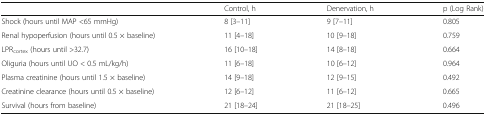
<table><thead><tr><td></td><td><b>Control, h</b></td><td><b>Denervation, h</b></td><td><b>p (Log Rank)</b></td></tr></thead><tbody><tr><td>Shock (hours until MAP &lt;65 mmHg)</td><td>8 [3–11]</td><td>9 [7–11]</td><td>0.805</td></tr><tr><td>Renal hypoperfusion (hours until 0.5 × baseline)</td><td>11 [4–18]</td><td>10 [9–18]</td><td>0.759</td></tr><tr><td>LPR<sub>cortex</sub> (hours until &gt;32.7)</td><td>16 [10–18]</td><td>14 [8–18]</td><td>0.664</td></tr><tr><td>Oliguria (hours until UO &lt; 0.5 mL/kg/h)</td><td>11 [6–18]</td><td>10 [6–12]</td><td>0.964</td></tr><tr><td>Plasma creatinine (hours until 1.5 × baseline)</td><td>14 [9–18]</td><td>12 [9–15]</td><td>0.492</td></tr><tr><td>Creatinine clearance (hours until 0.5 × baseline)</td><td>12 [6–12]</td><td>11 [6–12]</td><td>0.665</td></tr><tr><td>Survival (hours from baseline)</td><td>21 [18–24]</td><td>21 [18–25]</td><td>0.496</td></tr></tbody></table>